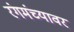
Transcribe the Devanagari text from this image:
रंगमंच्यावर